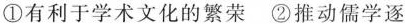
①有利于学术文化的繁荣②推动儒学逐